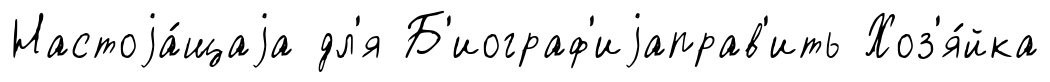
Настоjа́щаjа дл'я Б'иограф'иjаправ'ить Хоз'я́йка